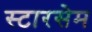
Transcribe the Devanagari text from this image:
स्टारसेम